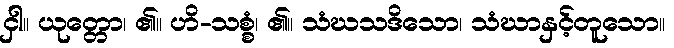
ငှါ။ ယုတ္တော၊ ၏။ ဟိ-သစ္စံ၊ ၏။ သံဃသဒိသော၊ သံဃာနှင့်တူသော။